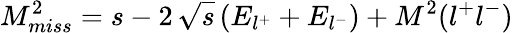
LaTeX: M_{miss}^{2}=s-2\, \sqrt{s}\left(E_{l^{+}}+E_{l^{-}}\right)+M^{2}(l^{+}l^{-})